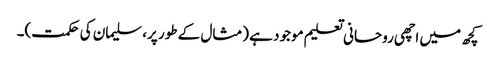
کچھ میں اچھی روحانی تعلیم موجود ہے (مثال کے طور پر، سلیمان کی حکمت)۔